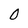
Character: 0